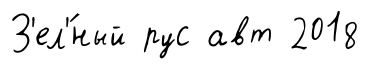
З'ел'́ный рус авт 2018